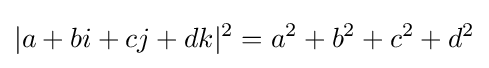
|a+bi+cj+dk|^{2}=a^{2}+b^{2}+c^{2}+d^{2}